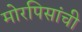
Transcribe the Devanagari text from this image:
मोरपिसांची